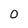
Character: 0